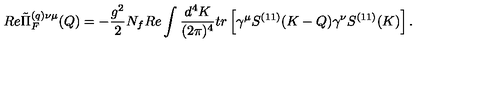
R e \tilde { \Pi } _ { F } ^ { ( q ) \nu \mu } ( Q ) = - \frac { g ^ { 2 } } { 2 } N _ { f } R e \int \frac { d ^ { 4 } K } { ( 2 \pi ) ^ { 4 } } t r \left[ \gamma ^ { \mu } S ^ { ( 1 1 ) } ( K - Q ) \gamma ^ { \nu } S ^ { ( 1 1 ) } ( K ) \right] .